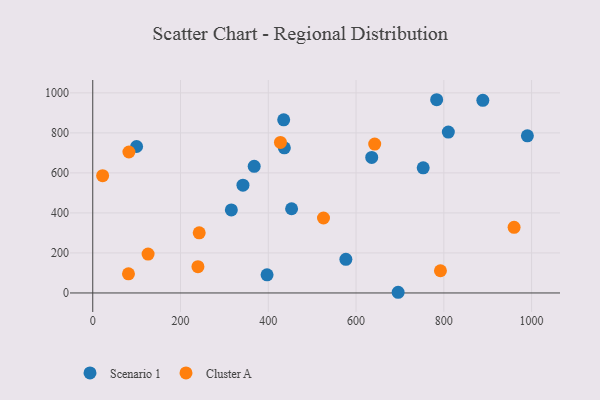
{"axis": {"x": "Ad Spend", "y": "Salary"}, "legend": ["Cluster A", "Scenario 1"], "data": [{"x": "99.9", "y": 732.0, "type": "Scenario 1"}, {"x": "783.7", "y": 965.7, "type": "Scenario 1"}, {"x": "635.7", "y": 677.4, "type": "Scenario 1"}, {"x": "397.2", "y": 90.5, "type": "Scenario 1"}, {"x": "453.1", "y": 420.8, "type": "Scenario 1"}, {"x": "435.1", "y": 865.2, "type": "Scenario 1"}, {"x": "576.8", "y": 168.1, "type": "Scenario 1"}, {"x": "436.6", "y": 725.4, "type": "Scenario 1"}, {"x": "695.9", "y": 3.4, "type": "Scenario 1"}, {"x": "753.0", "y": 625.5, "type": "Scenario 1"}, {"x": "342.3", "y": 538.4, "type": "Scenario 1"}, {"x": "367.9", "y": 633.0, "type": "Scenario 1"}, {"x": "315.8", "y": 414.9, "type": "Scenario 1"}, {"x": "888.9", "y": 962.9, "type": "Scenario 1"}, {"x": "810.3", "y": 804.0, "type": "Scenario 1"}, {"x": "990.4", "y": 785.3, "type": "Scenario 1"}, {"x": "427.7", "y": 752.2, "type": "Cluster A"}, {"x": "792.3", "y": 110.9, "type": "Cluster A"}, {"x": "22.5", "y": 586.0, "type": "Cluster A"}, {"x": "525.8", "y": 374.6, "type": "Cluster A"}, {"x": "960.1", "y": 328.1, "type": "Cluster A"}, {"x": "82.4", "y": 704.4, "type": "Cluster A"}, {"x": "242.6", "y": 300.3, "type": "Cluster A"}, {"x": "642.5", "y": 744.1, "type": "Cluster A"}, {"x": "126.1", "y": 194.4, "type": "Cluster A"}, {"x": "81.4", "y": 95.7, "type": "Cluster A"}, {"x": "239.7", "y": 131.1, "type": "Cluster A"}]}